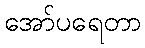
အော်ပရေတာ